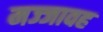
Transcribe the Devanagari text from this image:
मज्जावह